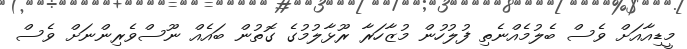
މީޑިއާއަށް ވެސް ބެލުމެއްނެތި ފުލުހުން މުޒާހަރާ ރޫޅާލުމުގެ ގޮތުން ބައެއް ނޫސްވެރިންނަށް ވެސް